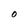
Character: 0